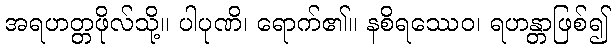
အရဟတ္တဖိုလ်သို့။ ပါပုဏိ၊ ရောက်၏။ နစိရဿေဝ၊ ရဟန္တာဖြစ်၍